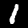
Digit: 1